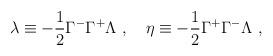
LaTeX: \begin{align*}\lambda \equiv - \frac{1}{2} \Gamma^- \Gamma^+ \Lambda ~,~~~\eta \equiv - \frac{1}{2} \Gamma^+ \Gamma^- \Lambda ~,\end{align*}